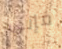
فإني